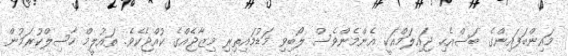
މައިންބަފައިންގެ ބަސްއެހި ޖައިލަމްއަކީ އެންމެންވެސް ލޯބިވި މަޑުމައިތިރި މިޒާޖެއްގެ ކުއްޖެކެވެ. ތައުލީމް ހާސިލްކުރަމުން